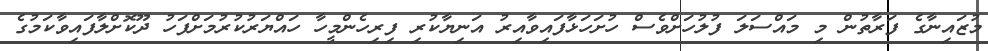
މުޒައިނާގެ ފަރާތުން މި މައްސަލަ ފުލުހަށްވެސް ހުށަހަޅާފައިވާއިރު އަނިޔާކުރި ފިރިހެންމީހާ ހައްޔަރުކުރުމަށްފަހު ދޫކޮށްލާފައިވާކަމުގެ